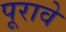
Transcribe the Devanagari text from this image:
पूरावे